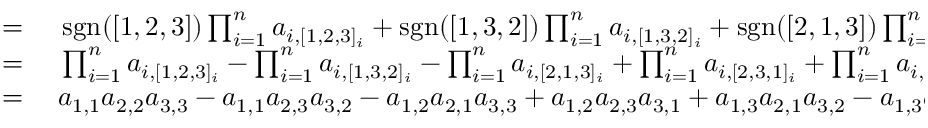
\begin{array} { r l } { = { } } & { { } \operatorname { s g n } ( [ 1 , 2 , 3 ] ) \prod _ { i = 1 } ^ { n } a _ { i , [ 1 , 2 , 3 ] _ { i } } + \operatorname { s g n } ( [ 1 , 3 , 2 ] ) \prod _ { i = 1 } ^ { n } a _ { i , [ 1 , 3 , 2 ] _ { i } } + \operatorname { s g n } ( [ 2 , 1 , 3 ] ) \prod _ { i = 1 } ^ { n } a _ { i , [ 2 , 1 , 3 ] _ { i } } + { } } \\ { = { } } & { { } \prod _ { i = 1 } ^ { n } a _ { i , [ 1 , 2 , 3 ] _ { i } } - \prod _ { i = 1 } ^ { n } a _ { i , [ 1 , 3 , 2 ] _ { i } } - \prod _ { i = 1 } ^ { n } a _ { i , [ 2 , 1 , 3 ] _ { i } } + \prod _ { i = 1 } ^ { n } a _ { i , [ 2 , 3 , 1 ] _ { i } } + \prod _ { i = 1 } ^ { n } a _ { i , [ 3 , 1 , 2 ] _ { i } } - \prod _ { i = 1 } ^ { n } a _ { i , [ 3 , 2 , 1 ] _ { i } } } \\ { = { } } & { { } a _ { 1 , 1 } a _ { 2 , 2 } a _ { 3 , 3 } - a _ { 1 , 1 } a _ { 2 , 3 } a _ { 3 , 2 } - a _ { 1 , 2 } a _ { 2 , 1 } a _ { 3 , 3 } + a _ { 1 , 2 } a _ { 2 , 3 } a _ { 3 , 1 } + a _ { 1 , 3 } a _ { 2 , 1 } a _ { 3 , 2 } - a _ { 1 , 3 } a _ { 2 , 2 } a _ { 3 , 1 } . } \end{array}